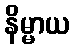
နိမ္မာယ